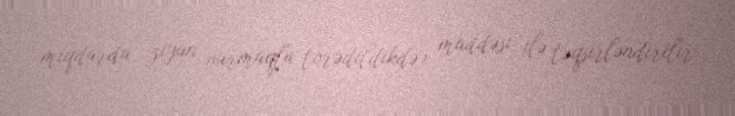
miqdarda ziyan vurmaqla törədildikdə) maddəsi ilə təqsirləndirilir.